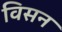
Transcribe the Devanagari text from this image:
विसन